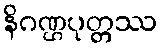
နိဂဏ္ဌပုတ္တဿ